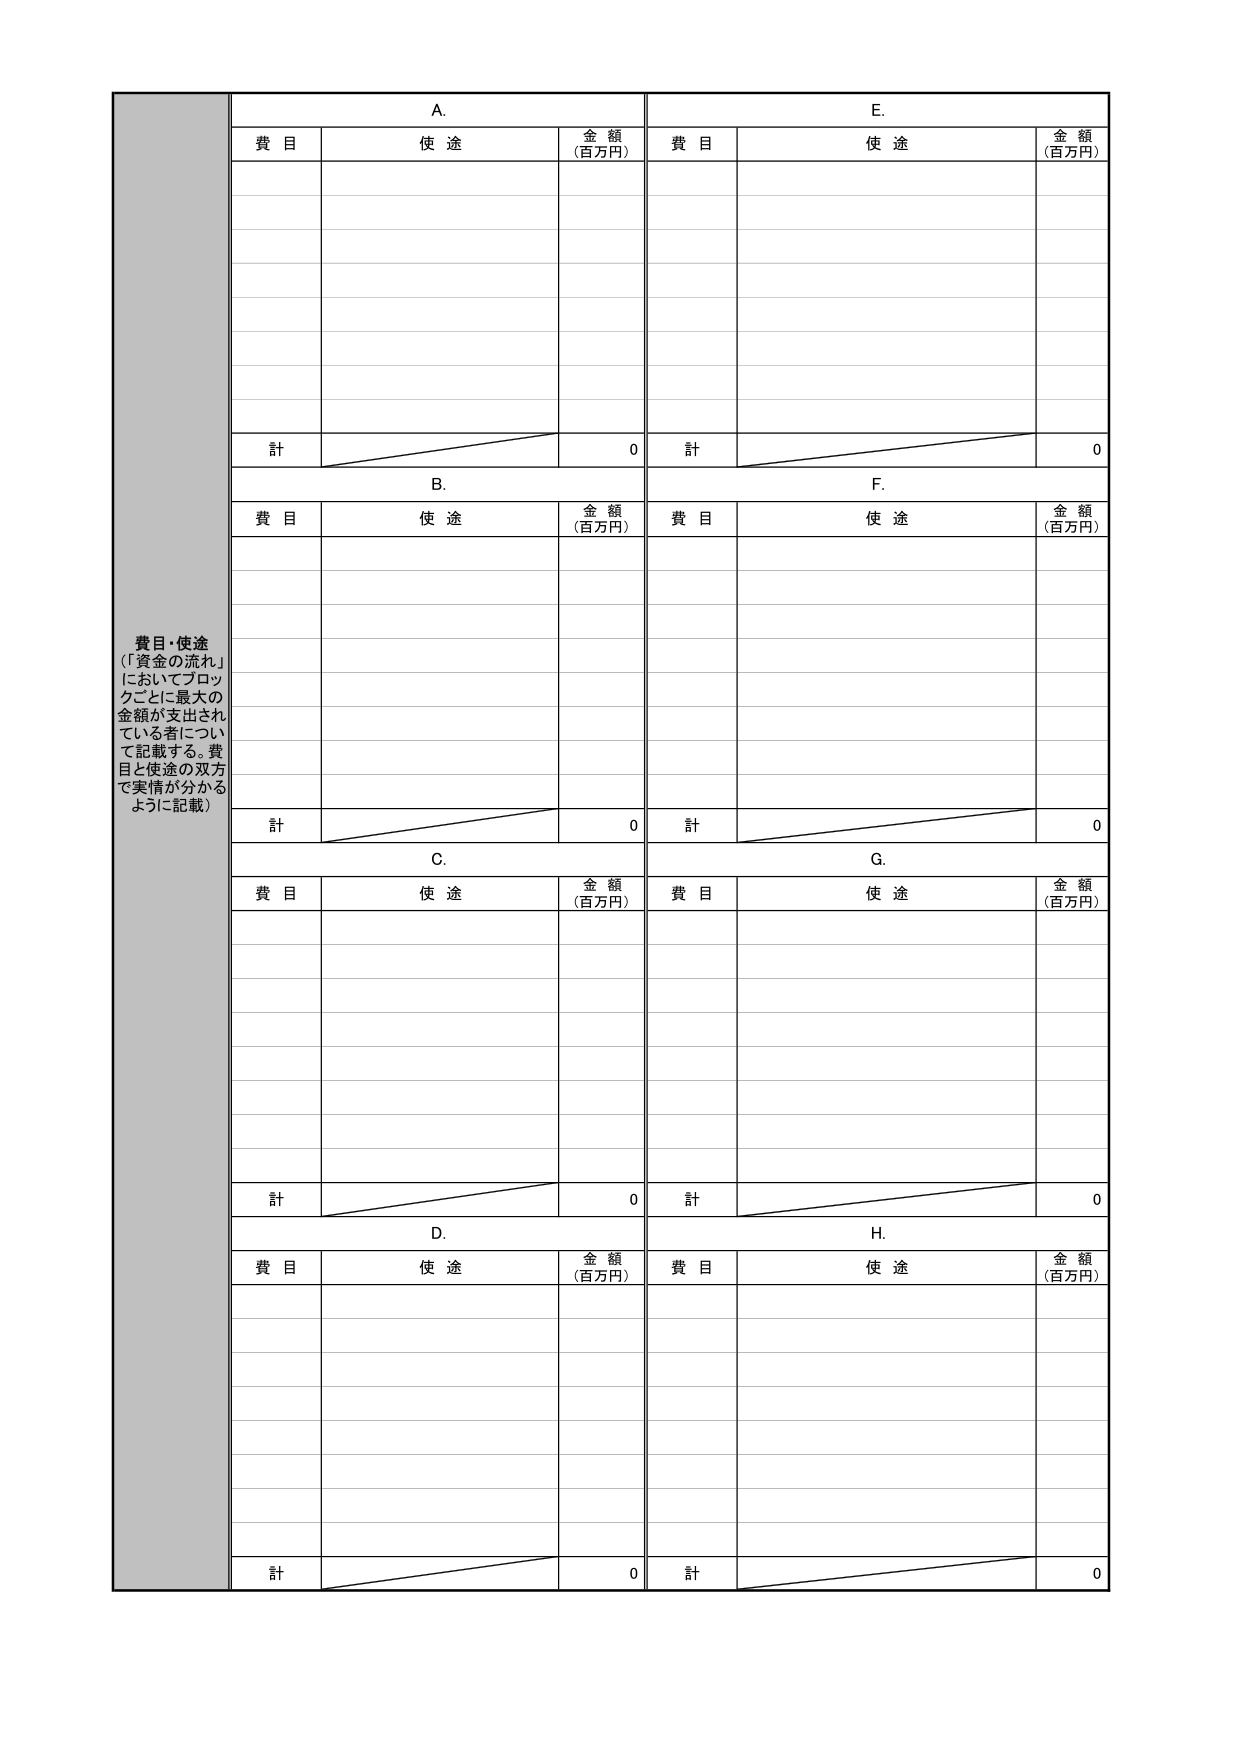
費目・使途
（「資金の流れ」
においてブロッ
クごとに最大の
金額が支出され
ている者につい
て記載する。費
目と使途の双方
で実情が分かる
ように記載）

A.
費目　　使途　　金額（百万円）

計　　　　　　　　　　　　0

B.
費目　　使途　　金額（百万円）

計　　　　　　　　　　　　0

C.
費目　　使途　　金額（百万円）

計　　　　　　　　　　　　0

D.
費目　　使途　　金額（百万円）

計　　　　　　　　　　　　0

E.
費目　　使途　　金額（百万円）

計　　　　　　　　　　　　0

F.
費目　　使途　　金額（百万円）

計　　　　　　　　　　　　0

G.
費目　　使途　　金額（百万円）

計　　　　　　　　　　　　0

H.
費目　　使途　　金額（百万円）

計　　　　　　　　　　　　0